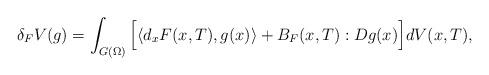
LaTeX: \begin{align*}\delta_F V(g)=\int_{G(\Omega)} \Big[\langle d_xF(x,T),g(x)\rangle+ B_F(x,T):Dg(x) \Big] dV(x,T), \end{align*}